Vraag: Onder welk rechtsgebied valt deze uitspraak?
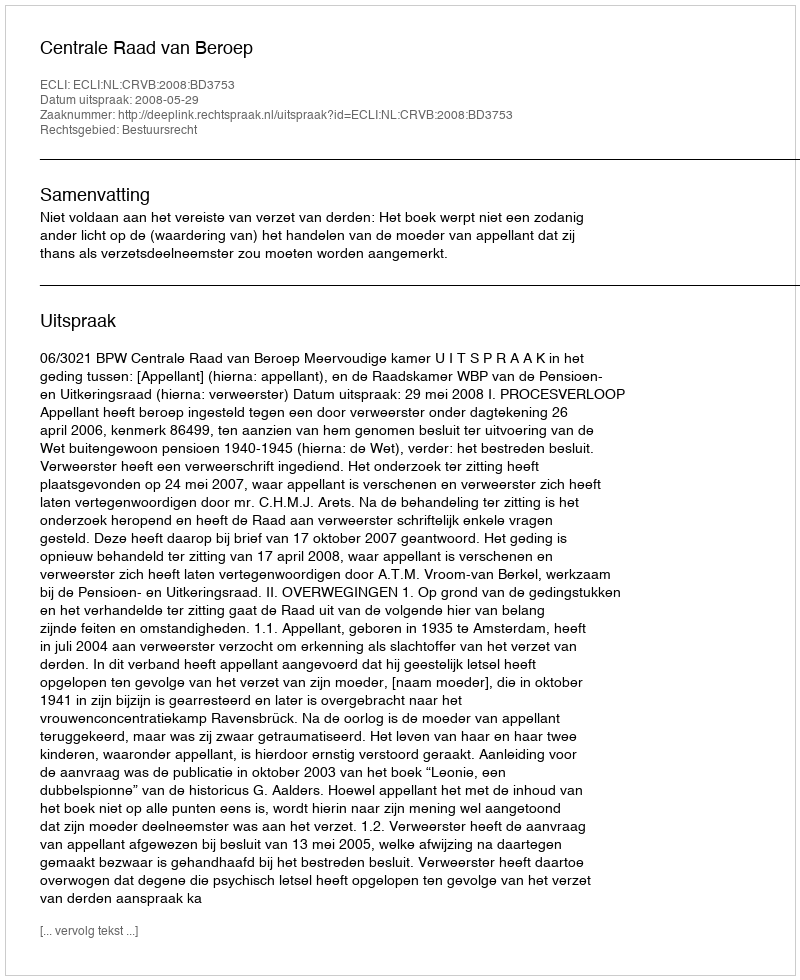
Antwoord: Bestuursrecht